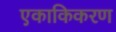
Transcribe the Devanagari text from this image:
एकाकिकरण